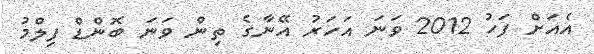
އެއަށް ފަހު 2012 ވަނަ އަހަރު އޭނާގެ ތިން ވަނަ ބޮންޑް ފިލްމު